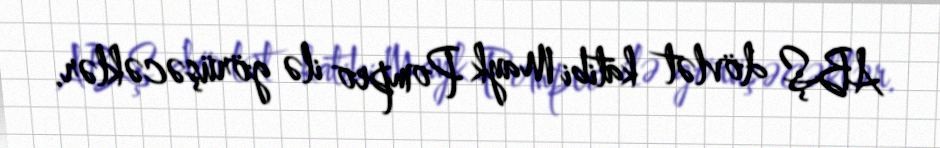
ABŞ dövlət katibi Mayk Pompeo ilə görüşəcəklər.